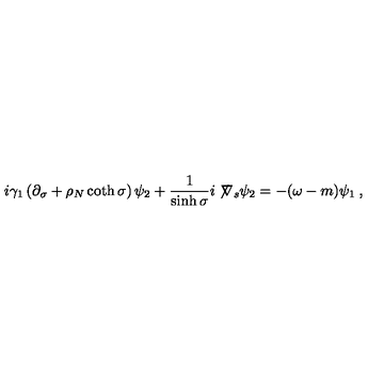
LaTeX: i \gamma _ { 1 } \left( \partial _ { \sigma } + \rho _ { N } \coth \sigma \right) \psi _ { 2 } + \frac { 1 } { \sinh \sigma } i \not \! \nabla _ { s } \psi _ { 2 } = - ( \omega - m ) \psi _ { 1 } \: ,